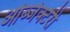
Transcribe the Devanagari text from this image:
ओब्जेक्टरी